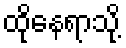
ထိုနေရာသို့